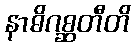
နာဓိဂစ္ဆတီတိ